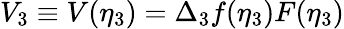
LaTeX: V_{3}\equiv V(\eta_{3})=\Delta_{3}f(\eta_{3})F(\eta_{3})